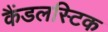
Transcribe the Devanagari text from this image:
कैंडलस्टिक